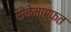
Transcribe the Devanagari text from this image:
सेवेमार्फत